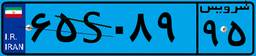
۳۰S۰۸۰۰۳